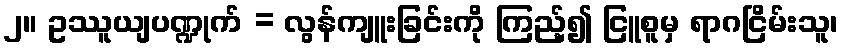
၂။ ဥဿူယျပဏ္ဍုက် = လွန်ကျူးခြင်းကို ကြည့်၍ ငြူစူမှ ရာဂငြိမ်းသူ၊